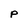
Character: p